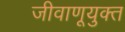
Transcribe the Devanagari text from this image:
जीवाणूयुक्त